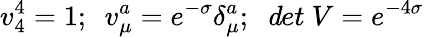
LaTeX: v_{4}^{4}=1;~~v_{\mu}^{a}=e^{-\sigma}\delta_{\mu}^{a};~~{\mathit det}~V=e^{-4\sigma}